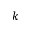
k